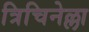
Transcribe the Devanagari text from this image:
त्रिचिनेल्ला